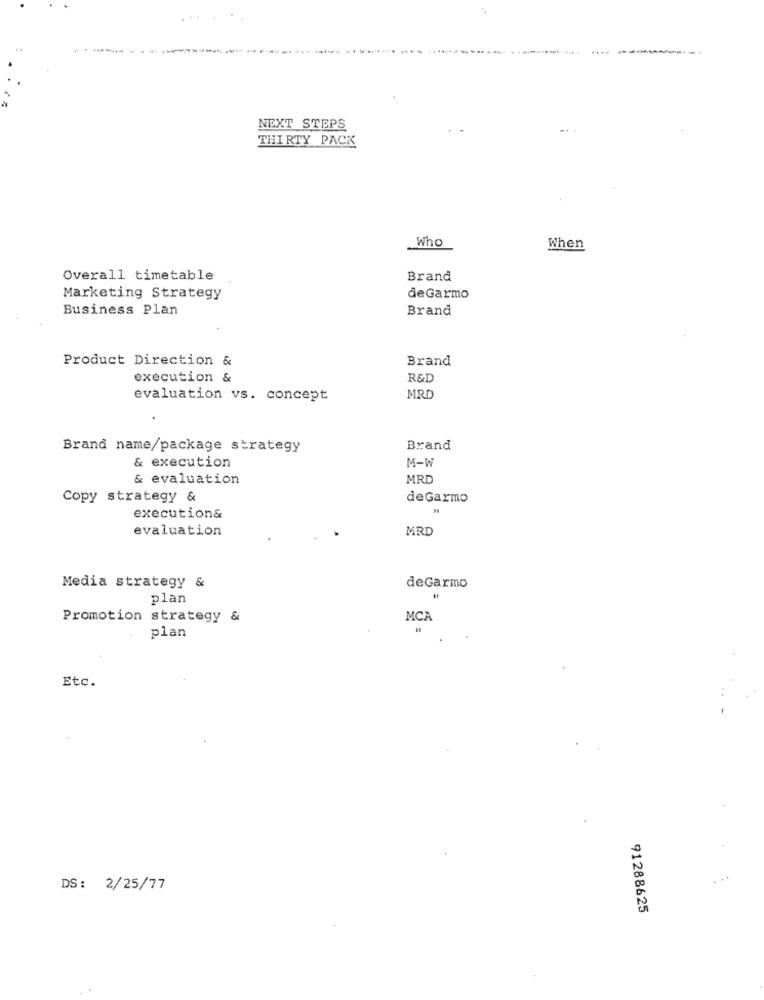
NEXT STEPS
THIRTY PACK
Who
When
Overall timetable
Brand
Marketing Strategy
deGarmo
Business Plan
Brand
Product Direction &
Brand
execution &
R&D
evaluation vs. concept
MRD
Brand name/package strategy
Brand
& execution
M-W
& evaluation
MRD
Copy strategy &
deGarmo
execution&
evaluation
MRD
Media strategy &
deGarmo
plan
Promotion strategy &
MCA
plan
Etc.
. ..
DS: 2/25/77
91288625